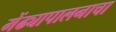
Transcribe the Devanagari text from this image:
मेंढ्यापालनाचा